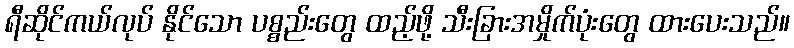
ရီဆိုင်ကယ်လုပ် နိုင်သော ပစ္စည်းတွေ ထည့်ဖို့ သီးခြားအမှိုက်ပုံးတွေ ထားပေးသည်။